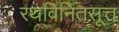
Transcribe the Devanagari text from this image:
रथविनितसूत्त